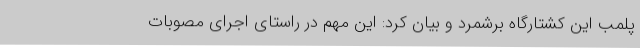
پلمب این کشتارگاه برشمرد و بیان کرد: این مهم در راستای اجرای مصوبات